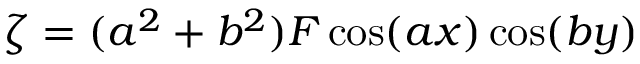
\zeta = ( a ^ { 2 } + b ^ { 2 } ) F \cos ( a x ) \cos ( b y )